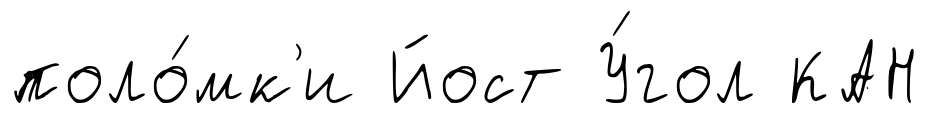
поло́мк'и Йост У́гол КАН